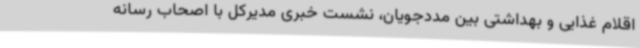
اقلام غذایی و بهداشتی بین مددجویان، نشست خبری مدیرکل با اصحاب رسانه